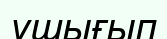
ушығып